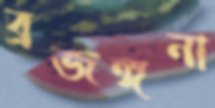
ব্রজঙ্গনা